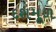
દશમૂળ